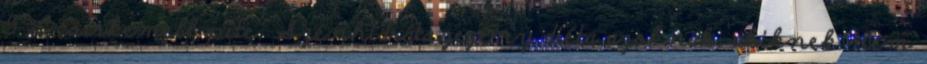
5 £ csirkemell pite. Szénhidrátszegény diéta azoknak, akiknek nem